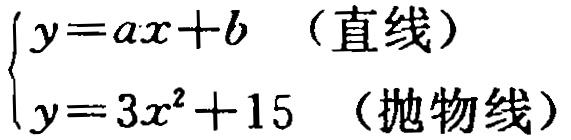
$\begin{cases}y = ax + b \quad (\text{直线})\\y = 3x^{2} + 15 \quad (\text{抛物线})\end{cases}$